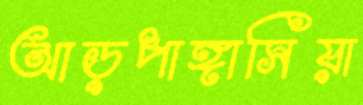
আড়পাঙ্গাসিয়া